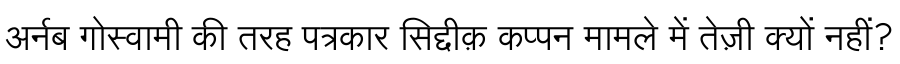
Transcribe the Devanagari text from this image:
अर्नब गोस्वामी की तरह पत्रकार सिद्दीक़ कप्पन मामले में तेज़ी क्यों नहीं?